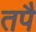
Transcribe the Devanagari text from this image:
तपै